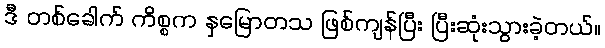
ဒီ တစ်ခေါက် ကိစ္စက နှမြောတသ ဖြစ်ကျန်ပြီး ပြီးဆုံးသွားခဲ့တယ်။